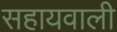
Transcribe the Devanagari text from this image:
सहायवाली